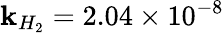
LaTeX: \mathbf{k}_{H_{2}}=2.04\times10^{-8}